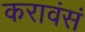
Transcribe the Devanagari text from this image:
करावंसं